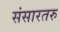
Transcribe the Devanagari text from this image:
संसारतरु